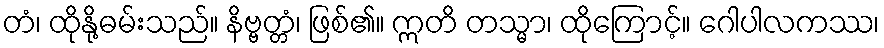
တံ၊ ထိုနို့ဓမ်းသည်။ နိဗ္ဗတ္တံ၊ ဖြစ်၏။ ဣတိ တသ္မာ၊ ထိုကြောင့်။ ဂေါပါလကဿ၊